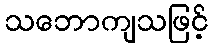
သဘောကျသဖြင့်